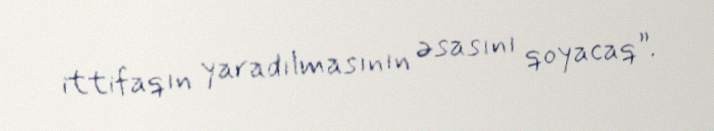
ittifaqın yaradılmasının əsasını qoyacaq”.